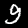
Label: 9